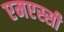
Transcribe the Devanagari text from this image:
एमएस्सी